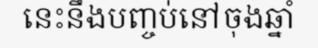
នេះនឹងបញ្ចប់នៅចុងឆ្នាំ